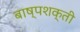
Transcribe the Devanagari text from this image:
बाष्पशक्ती